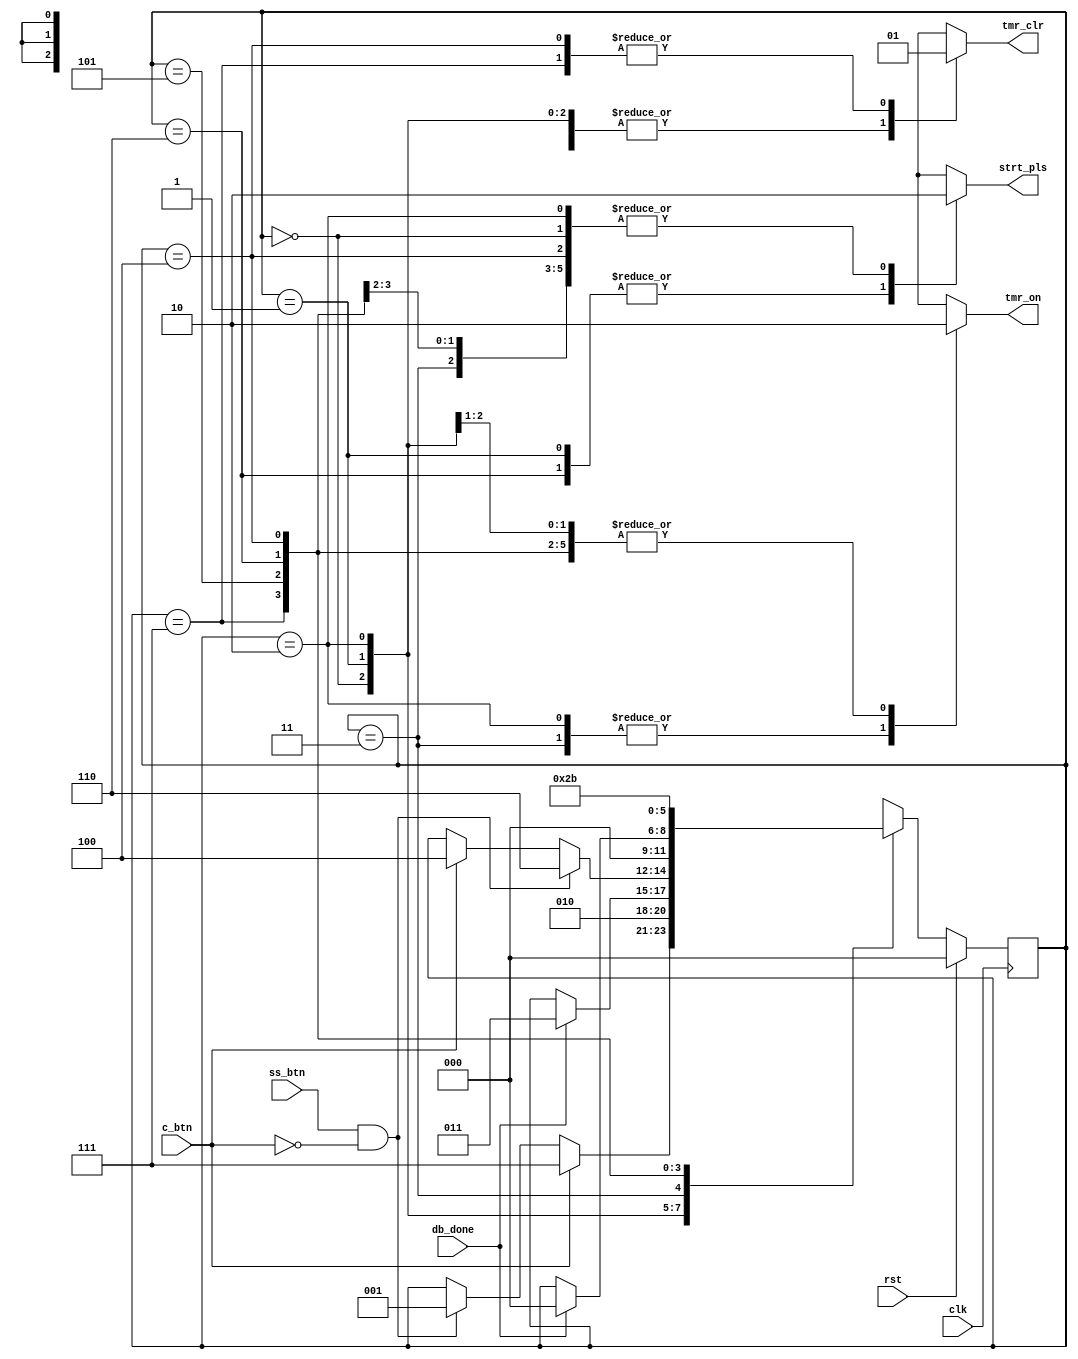
`timescale 1ns / 1ps
////////////////////////////////////////////////////////////////////////////////// // Company: 
// Engineer: 
// 
// Design Name: 
// Module Name:    css_ctrl 
// Project Name: 
// Target Devices: 
// Tool versions: 
// Description: 
//
// Dependencies: 
//
// Revision: 
// Revision 0.01 - File Created
// Additional Comments: 
//
// //////////////////////////////////////////////////////////////////////////////////
module css_ctrl(
    input c_btn,
    input ss_btn,
    input db_done,
    input rst,
    input clk,
    output reg strt_pls,
    output reg tmr_on,
    output reg tmr_clr
    );


//Paramters for the state machine states
parameter IDLE = 0, START = 1, STWAIT = 2, RUN = 3, RCLEAR = 4, SPWAIT = 5, STOP = 6, ICLEAR = 7;

//Store state and next_state
reg [2:0] state, next_state;

//Sequential  Logic
always @(posedge clk)
begin
	state <= next_state;
end  //End of sequential logic

//Combinational Logic
always @(state, c_btn, ss_btn, db_done, rst)

begin

	//I did this backwards!	
	//state = next_state;
	next_state = state;
	

	strt_pls = 0;
	tmr_on = 0;
	tmr_clr = 0;

	case (state)
	
		IDLE:
			begin
				if((ss_btn == 1) && (c_btn == 0)) next_state = START;
				//if((ss_btn == 0) && (c_btn == 0)) next_state = IDLE;
				if(c_btn == 1) next_state = ICLEAR;
			end

		START:
			begin
				strt_pls = 1;
				next_state = STWAIT;
			end

		STWAIT:
			begin
				tmr_on = 1;
				if(db_done == 1) next_state = RUN;
				//if(db_done == 0) next_state = STWAIT;
			end

		RUN:
			begin
				tmr_on = 1;
				//I shouldnt need the below code because it
				//holds by default...	
				//if((ss_btn == 0) && (c_btn == 0)) next_state = RUN;
				if(c_btn == 1) next_state = RCLEAR;
				if((ss_btn == 1) && (c_btn == 0)) next_state = STOP;
			end

		ICLEAR:
			begin
				tmr_clr = 1;
				next_state = IDLE;	
			end

		SPWAIT:
			begin
				//if(db_done == 0) next_state = SPWAIT;
				if(db_done == 1) next_state = IDLE;
			end

		STOP:
			begin
				strt_pls = 1;
				next_state = SPWAIT;
			end

		RCLEAR:
			begin
				tmr_clr = 1;
				next_state = RUN;
			end


	endcase

	//high priority stuff
	if (rst == 1) next_state = IDLE;

end //End of combinational logic for our state machine

endmodule